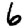
Digit: 6